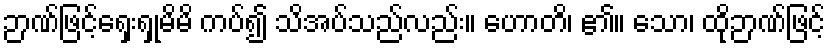
ဉာဏ်ဖြင့်ရှေးရှုမိမိ ကပ်၍ သိအပ်သည်လည်း။ ဟောတိ၊ ၏။ သော၊ ထိုဉာဏ်ဖြင့်